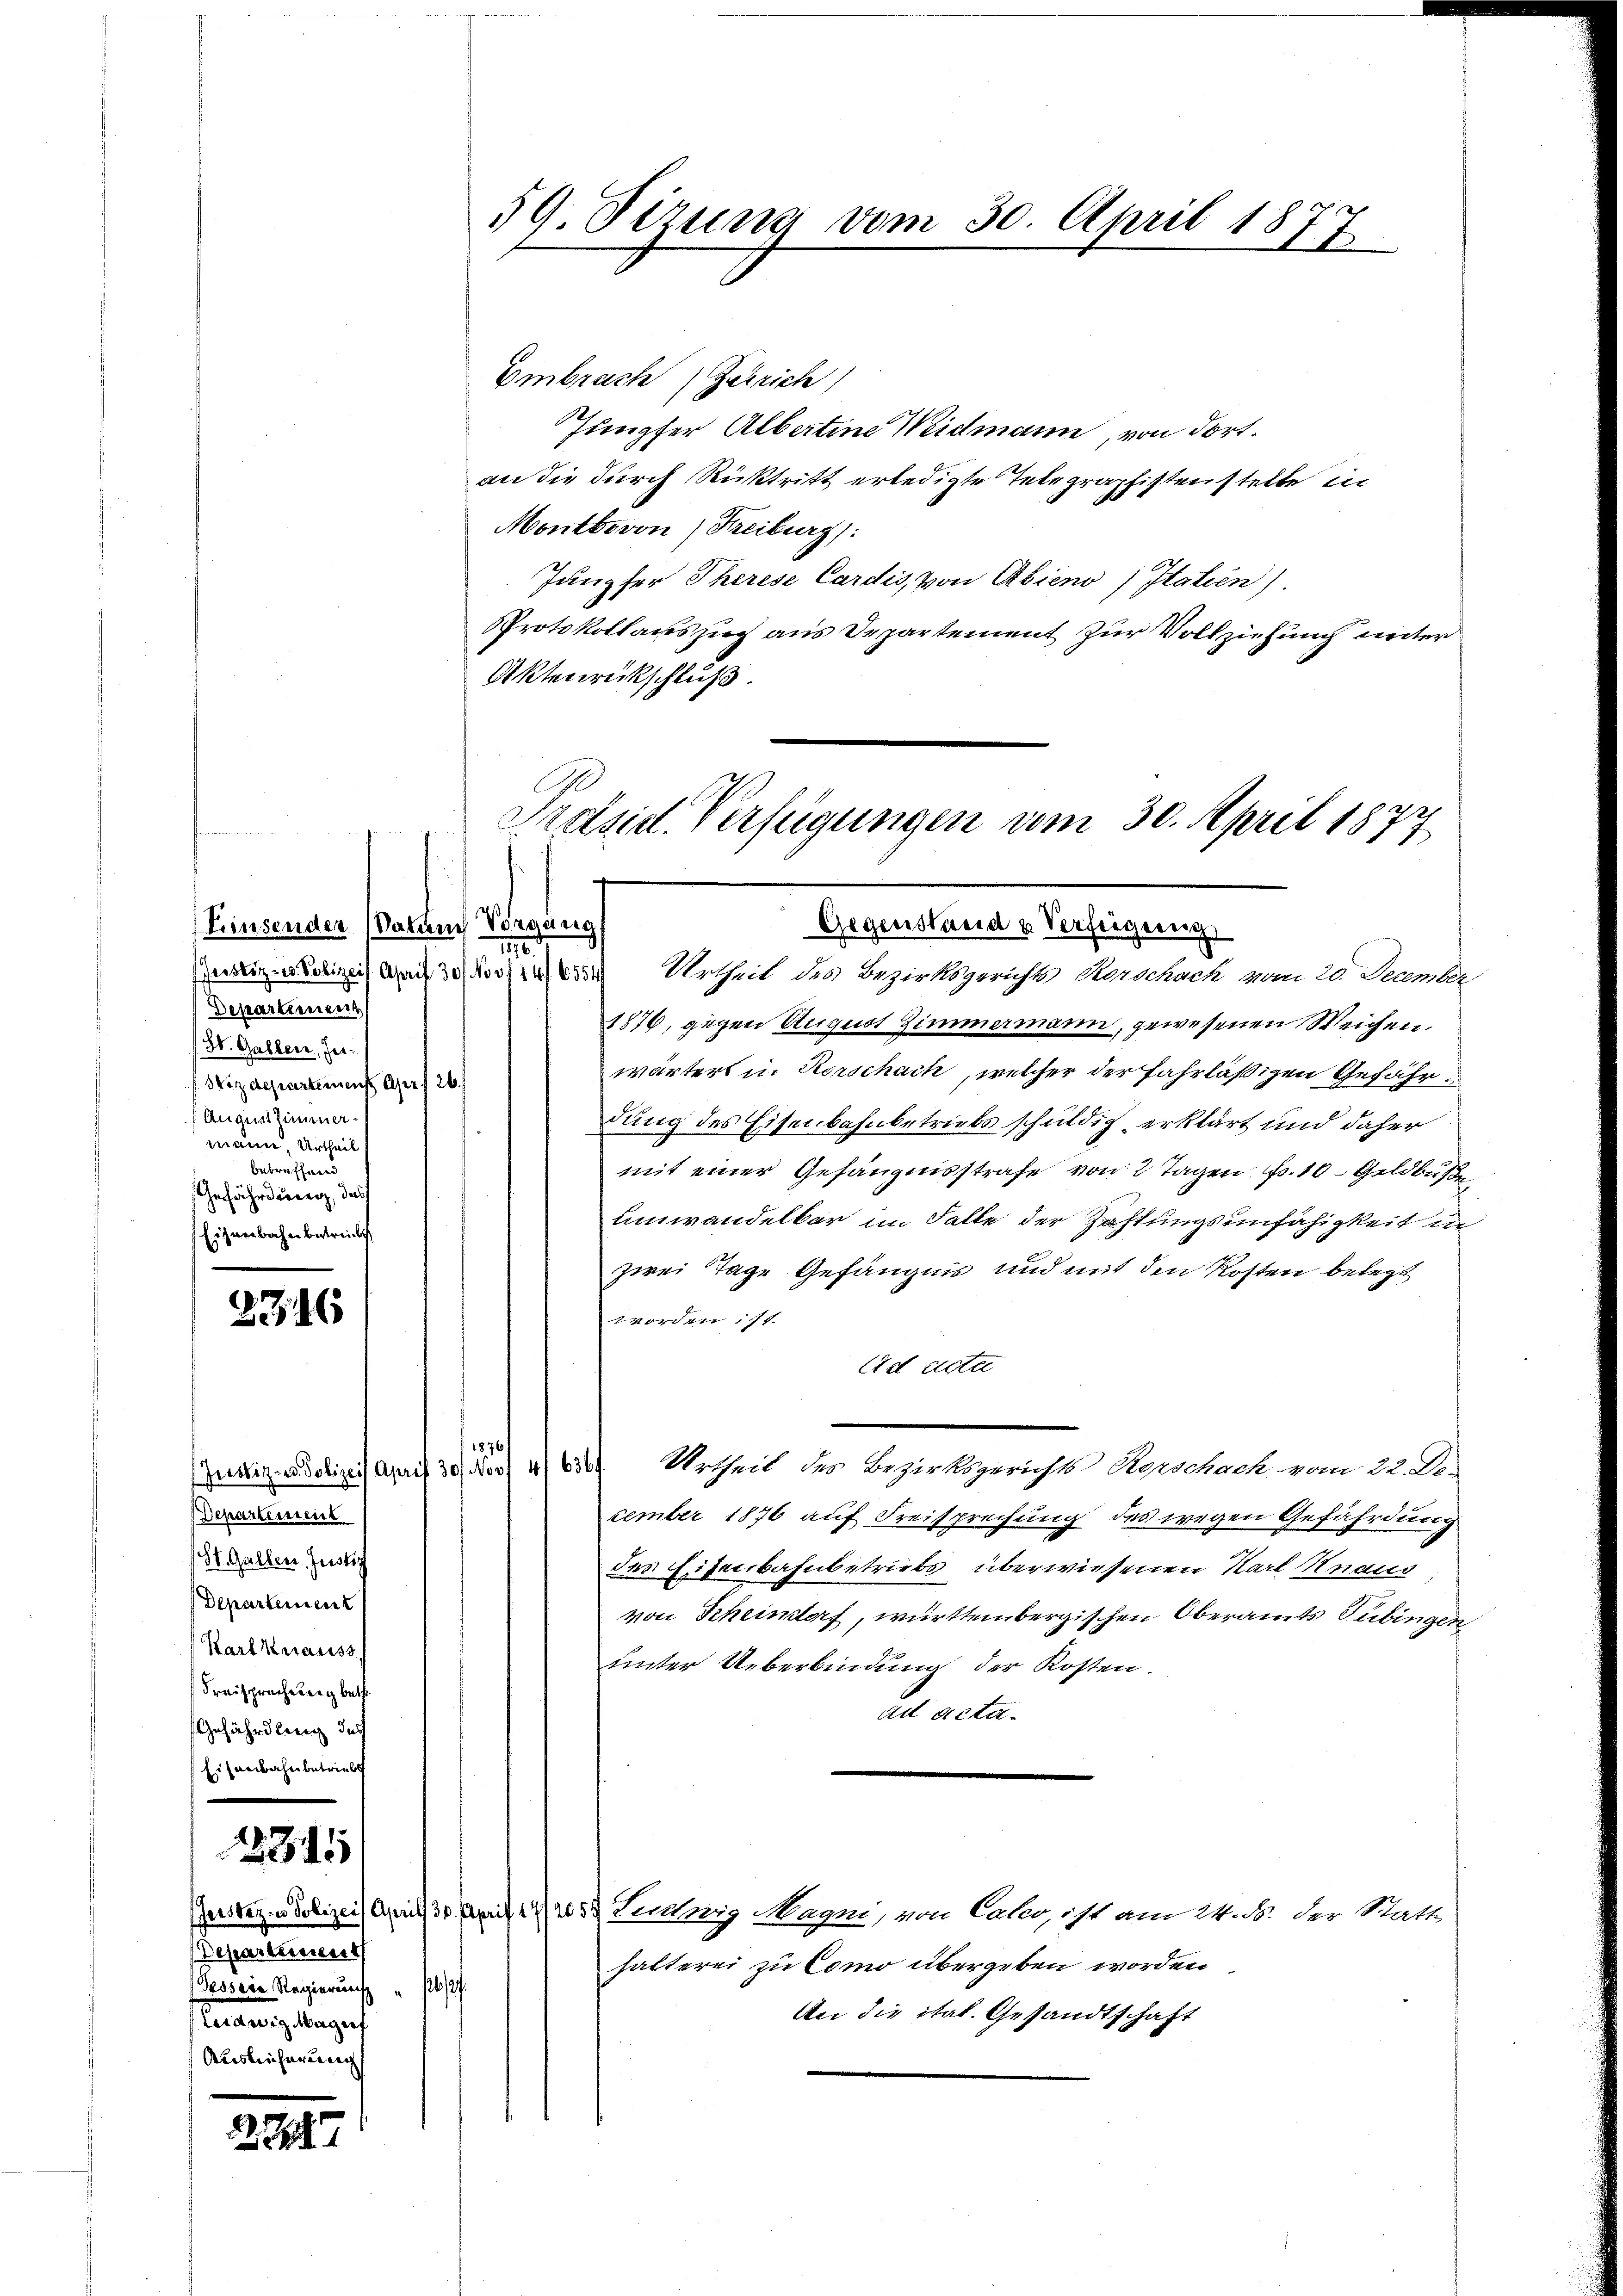
Einsender (Datum Vorgungs
Departemen
(St. Galler, Her¬
Wizdepartement apr. 26.
 August Zimmermann, Urtheil
betreffend
Gefährdung, das
Eisnerbahn betreibt.

2746

Juvizen Polizei Aprif
Separtement.
(St. Gallen. Justiz
Departement
Karl Herauss,
Freisprechereig beth
Gefährdleng des
Eisenbahn betriebe

3315

Departement
Tessere Regierung
stimmung angef
Ausleicherung

2724

59. Sizung vom 30. April 1877

Embrach Zerrich
Jungfer Albertine Weidmann, von dort.
an die durch Rücktritt erledigte Telegraphistenstelle in
Montbovon Freiburg):
Jungfer Therese Cardis, von Abiens / Italien).
Protokollauszug aus Departement zur Vollziehung unter
Aktenrückschluß.
Präsid. Verfügungen vom 30. April 1877

Gegenstreid u. Verfeigung
10
einigen desse doch in Urtheil des Bezirksgerichts Vorschach vom 20. December

1876, gegen August Zimmermann, gewesenen Weichen.
wärtert in Rorschach, welcher der Jahrläßigen Gefährdung des Eisenbahnbetriebs schuldig erklärt und daher
mit einer Gefängnisstrafe von 2 Tagen, Fr. 10 Geldbuße
umwandelbar im Falle der Zahlungsunfähigkeit in
zwei Tage Gefängnis und mit den Kosten belegt
worden ist.
Ad acte
1876
  Urtheil des Bezirksgerichts Korschach vom 22. De-
cember 1876 auf Freisprechung des wegen Gefährdung
des Eisenbahnbetriebs, überwiesenen Karl Knaus
von Scheimtorf, württembergischen Oberamts Tübingen
uinter Ueberbindung der Kosten.
ad acta.

Gerster- u Polizei Art 30. April 19/2053 Schweiz Manni, von Cako, ist am 24. B. der Statt-
.

halterei zu Como übergeben worden

An die ital. Gesandtschaft